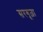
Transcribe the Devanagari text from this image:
सरगूज़ा